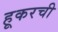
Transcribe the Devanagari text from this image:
हूकरची